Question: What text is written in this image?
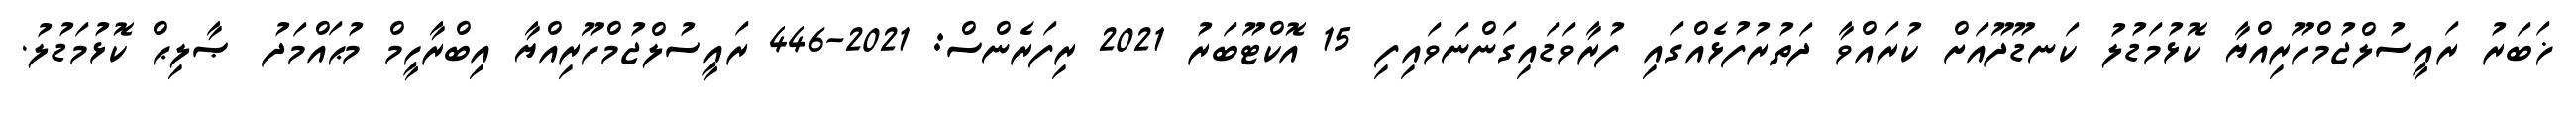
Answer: ޚަބަރު ރައީސުލްޖުމްހޫރިއްޔާ ކޮޅުމަޑުލު ކަނޑޫދޫއަށް ކުރައްވާ ދަތުރުފުޅެއްގައި ފުރާވަޑައިގަންނަވައިފި 15 އޮކްޓޫބަރު 2021 ރިފަރެންސް: 2021-446 ރައީސުލްޖުމްހޫރިއްޔާ އިބްރާހީމް މުޙައްމަދު ޞާލިޙް ކޮޅުމަޑުލު.